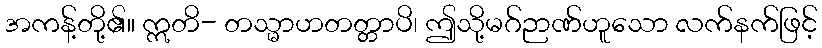
အကန့်တို့၏။ ဣတိ- တသ္မာဟတတ္တာပိ၊ ဤသို့မဂ်ဉာဏ်ဟူသော လက်နက်ဖြင့်